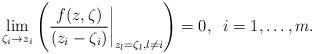
LaTeX: \begin{align*}\lim_{\zeta_i\to z_i}\left(\frac{f(z,\zeta)}{(z_i-\zeta_i)}\bigg|_{z_l=\zeta_l,l \neq i}\right) = 0,\;\;i=1,\ldots,m.\end{align*}